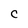
Character: C